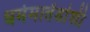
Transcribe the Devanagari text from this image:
धर्ममार्तंडांशी